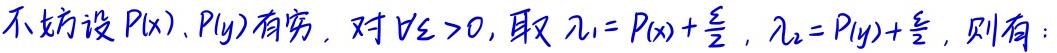
不妨设$P(x),P(y)$有穷，对$\forall \varepsilon >0$，取$\lambda_1 = P(x)+\frac{\varepsilon}{2}$，$\lambda_2 = P(y)+\frac{\varepsilon}{2}$，则有：